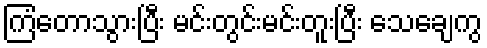
ကြံတောသွားပြီး မင်းတွင်းမင်းတူးပြီး သေချေကွ